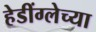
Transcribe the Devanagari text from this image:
हेडींग्लेच्या